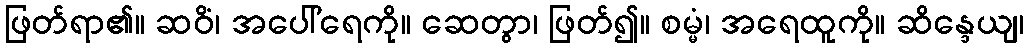
ဖြတ်ရာ၏။ ဆဝိံ၊ အပေါ်ရေကို။ ဆေတွာ၊ ဖြတ်၍။ စမ္မံ၊ အရေထူကို။ ဆိန္ဒေယျ၊